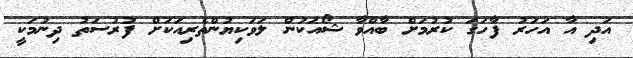
އަދި އާ އަހަރު ފާހަގަ ކުރުމަށް ބާއްވާ ޝޯއަކުން ލަވަކިޔުންތެރިއަކަށް ފުރުސަތު ދިނުމަކީ